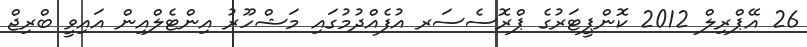
26 އޭޕްރިލް 2012 ކޮންޕީޓަރުގެ ޕްރޮސެސަރ އުފެއްދުމުގައި މަޝްހޫރު އިންޓެލްއިން އައިވީ ބްރިޖް